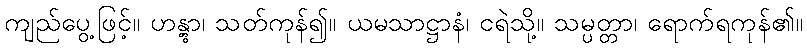
ကျည်ပွေ့ဖြင့်။ ဟန္တွာ၊ သတ်ကုန်၍။ ယမသာဋ္ဌာနံ၊ ငရဲသို့။ သမ္ပတ္တာ၊ ရောက်ရကုန်၏။